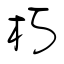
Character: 朽